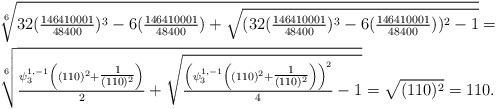
LaTeX: \begin{align*} &\sqrt[6]{32(\tfrac{146410001}{48400})^3-6(\tfrac{146410001}{48400})+\sqrt{(32(\tfrac{146410001}{48400})^3-6(\tfrac{146410001}{48400}))^2-1}}=\\&\sqrt[6]{\tfrac{\psi^{1,-1}_{3}\left((110)^2+\tfrac{1}{(110)^2}\right)}{2}+\sqrt{\tfrac{\left(\psi^{1,-1}_{3}\left((110)^2+\tfrac{1}{(110)^2}\right)\right)^2}{4}-1}}=\sqrt{(110)^2}=110. \end{align*}